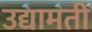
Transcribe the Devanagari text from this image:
उद्यामती